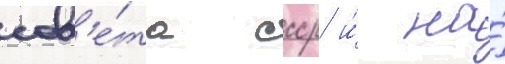
сов'е́та ссср и́ на́